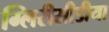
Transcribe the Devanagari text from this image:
ग्लिरीसीडीया